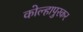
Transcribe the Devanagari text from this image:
कोल्हापुरकर